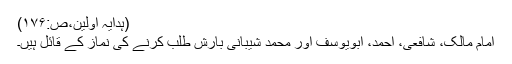
(ہدایہ اولین،ص:۱۷۶)
امام مالک، شافعی، احمد، ابویوسف اور محمد شیبانی بارش طلب کرنے کی نماز کے قائل ہیں۔